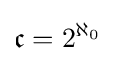
{\mathfrak {c}}=2^{\aleph _{0}}